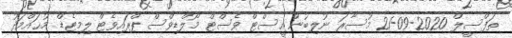
ތަފްސީލް 2020-09-21 މުސާރަ ނުލިބުން އީސްޓް ވެސްޓް މޯލްޑިވްސް ޕްރައިވެޓް ލިމިޓެޑް މުޙައްމަދު